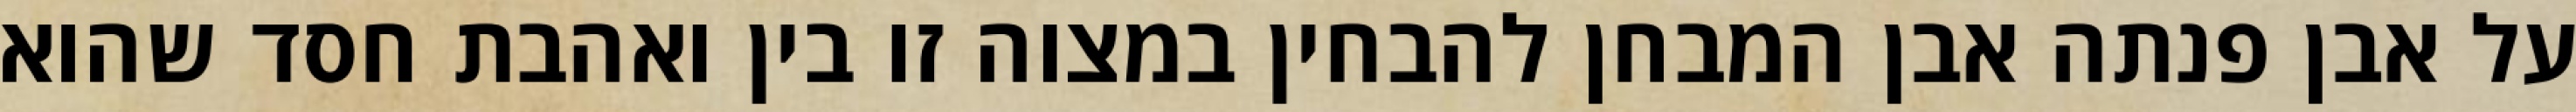
על אבן פנתה אבן המבחן להבחין במצוה זו בין ואהבת חסד שהוא